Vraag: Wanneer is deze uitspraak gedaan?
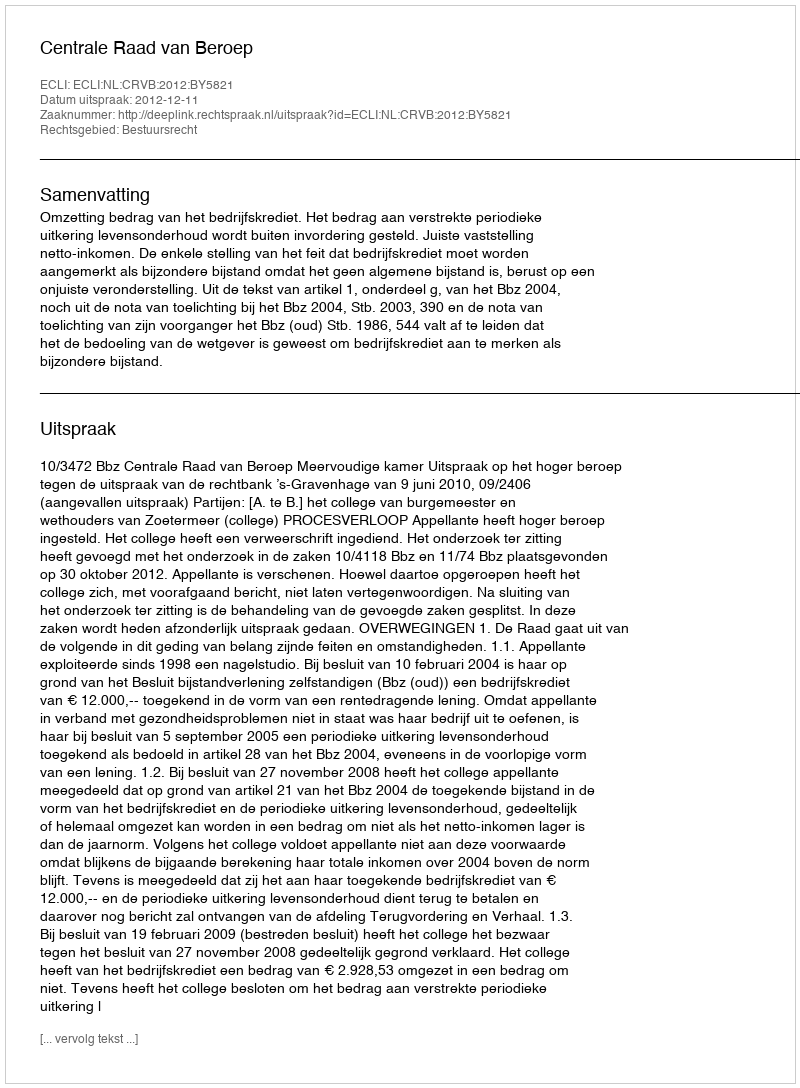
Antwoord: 2012-12-11